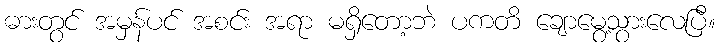
ဓားတွင် အမှန်ပင် အစင်း အရာ မရှိတော့ဘဲ ပကတိ ချောမွေ့သွားလေပြီ။